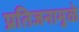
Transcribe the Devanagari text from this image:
प्रतिजनामुळे